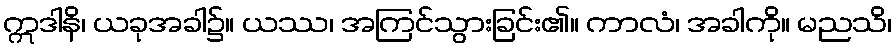
ဣဒါနိ၊ ယခုအခါ၌။ ယဿ၊ အကြင်သွားခြင်း၏။ ကာလံ၊ အခါကို။ မညသိ၊